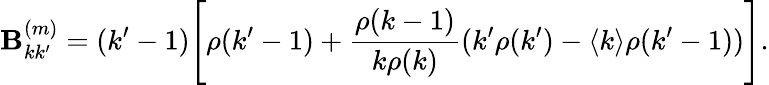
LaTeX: \textbf{B}_{kk^{\prime}}^{(m)}=(k^{\prime}-1)\Bigg[\rho(k^{\prime}-1)+\frac{\rho(k-1)}{k\rho(k)}(k^{\prime}\rho(k^{\prime})-\langle k\rangle\rho(k^{\prime}-1))\Bigg].